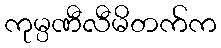
ကုမ္ပဏီလီမိတက်က